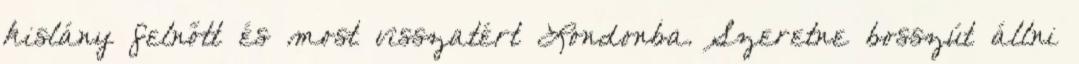
kislány felnőtt és most visszatért Londonba. Szeretne bosszút állni